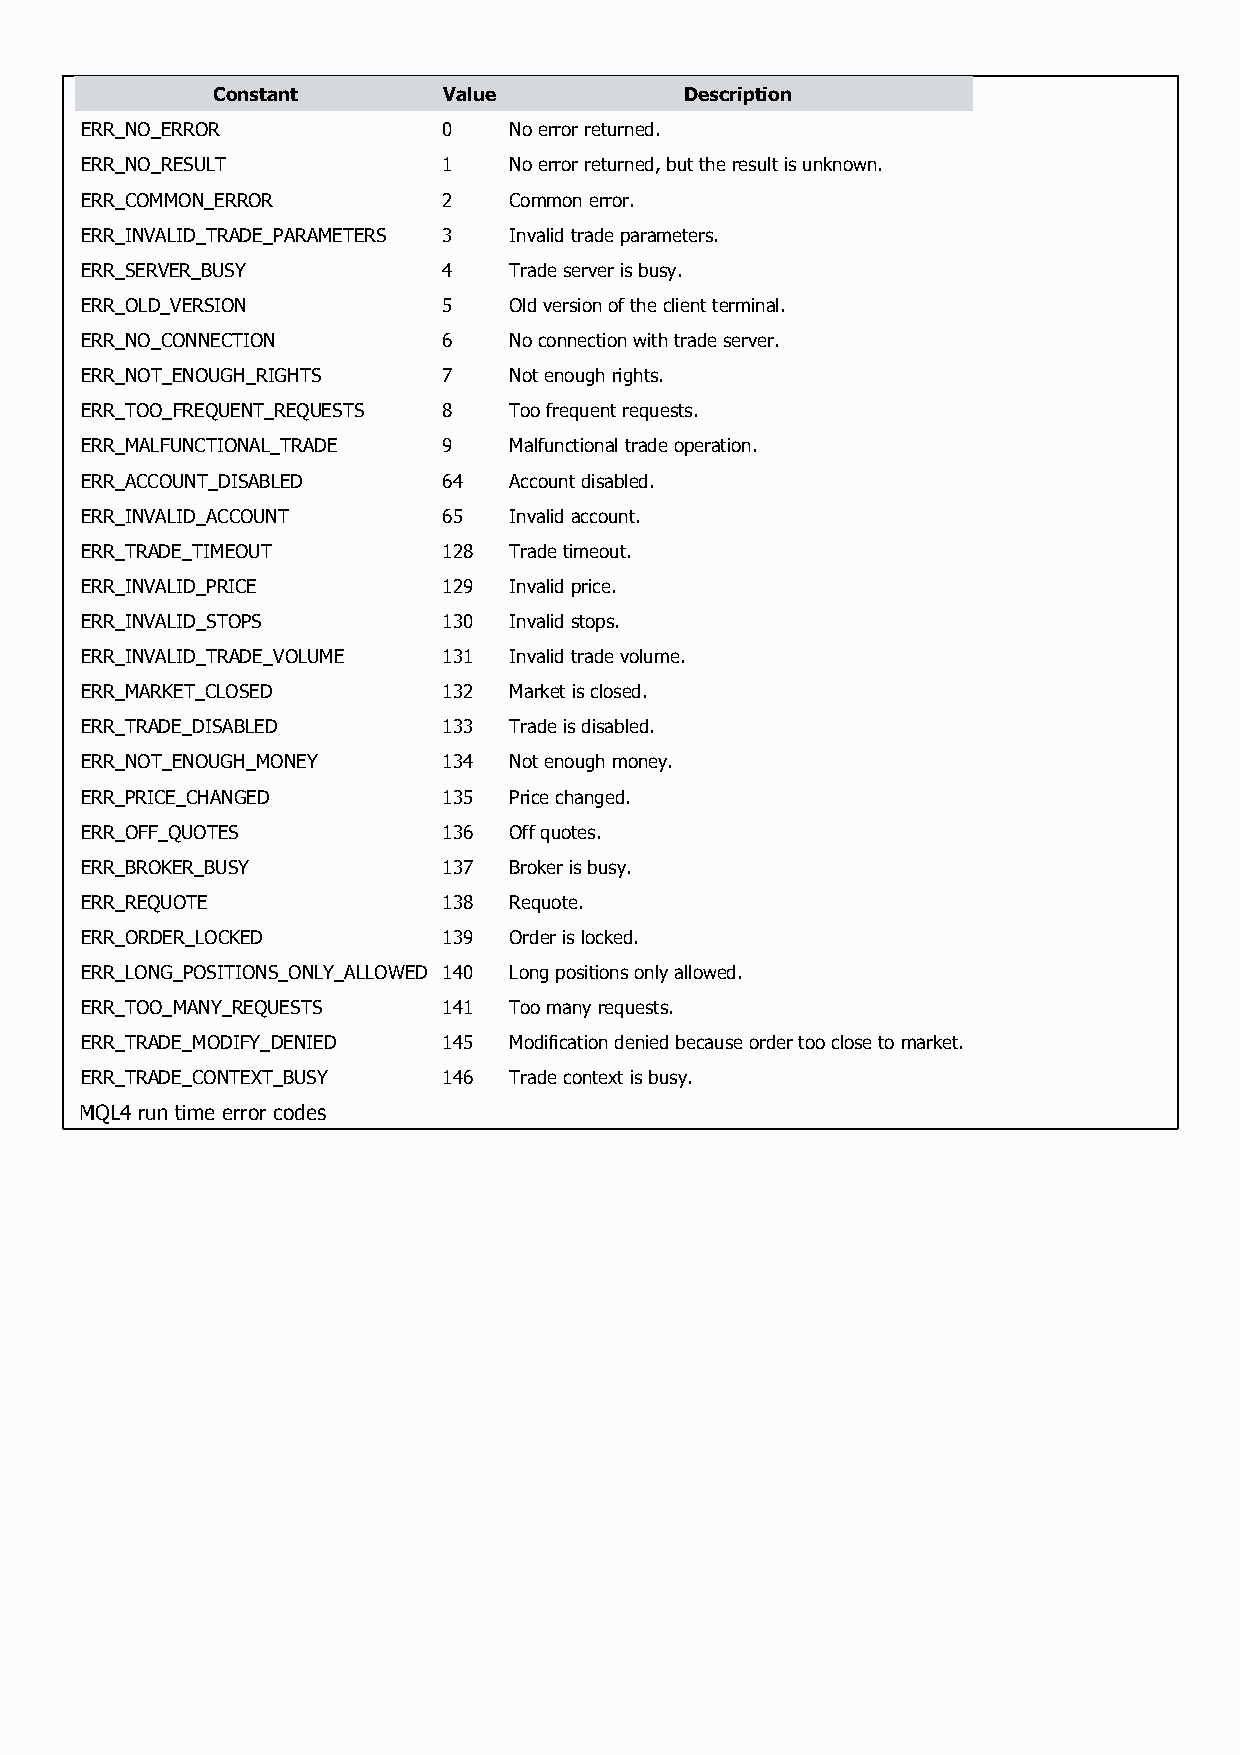
Constant       Value           Description
 ERR_NO_ERROR            0    No error returned.
 ERR_NO_RESULT           1    No error returned, but the result is unknown.
 ERR_COMMON_ERROR        2    Common error.
 ERR_INVALID_TRADE_PARAMETERS 3 Invalid trade parameters.
 ERR_SERVER_BUSY         4    Trade server is busy.
 ERR_OLD_VERSION         5    Old version of the client terminal.
 ERR_NO_CONNECTION       6    No connection with trade server.
 ERR_NOT_ENOUGH_RIGHTS   7    Not enough rights.
 ERR_TOO_FREQUENT_REQUESTS 8  Too frequent requests.
 ERR_MALFUNCTIONAL_TRADE 9    Malfunctional trade operation.
 ERR_ACCOUNT_DISABLED    64   Account disabled.
 ERR_INVALID_ACCOUNT     65   Invalid account.
 ERR_TRADE_TIMEOUT       128  Trade timeout.
 ERR_INVALID_PRICE       129  Invalid price.
 ERR_INVALID_STOPS       130  Invalid stops.
 ERR_INVALID_TRADE_VOLUME 131 Invalid trade volume.
 ERR_MARKET_CLOSED       132  Market is closed.
 ERR_TRADE_DISABLED      133  Trade is disabled.
 ERR_NOT_ENOUGH_MONEY    134  Not enough money.
 ERR_PRICE_CHANGED       135  Price changed.
 ERR_OFF_QUOTES          136  Off quotes.
 ERR_BROKER_BUSY         137  Broker is busy.
 ERR_REQUOTE             138  Requote.
 ERR_ORDER_LOCKED        139  Order is locked.
 ERR_LONG_POSITIONS_ONLY_ALLOWED 140 Long positions only allowed.
 ERR_TOO_MANY_REQUESTS   141  Too many requests.
 ERR_TRADE_MODIFY_DENIED 145  Modification denied because order too close to market.
 ERR_TRADE_CONTEXT_BUSY  146  Trade context is busy.
 MQL4 run time error codes